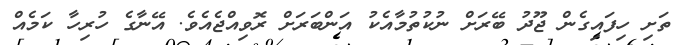
ތަށި ހިފައިގެން ޖޫދު ބޭރަށް ނުކުތުމާއެކު އަންބަރަށް ރޮވިއްޖެއެވެ. އޭނާގެ ހުރިހާ ކަމެއް